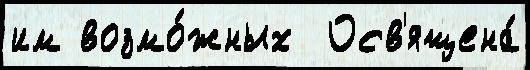
им возмо́жных  Осв'ящена́